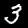
Digit: 3